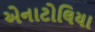
એનાટોલિયા